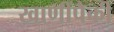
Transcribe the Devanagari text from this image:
खाणींपैकी